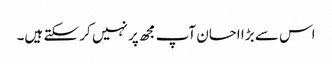
اس سے بڑا احسان آپ مجھ پر نہیں کر سکتے ہیں۔